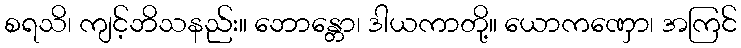
စရသိ၊ ကျင့်ဘိသနည်း။ ဘောန္တော၊ ဒါယကာတို့။ ယောကဏှော၊ အကြင်